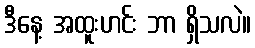
ဒီနေ့ အထူးဟင်း ဘာ ရှိသလဲ။